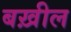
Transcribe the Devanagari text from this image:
बख़ील